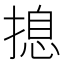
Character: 𱠢